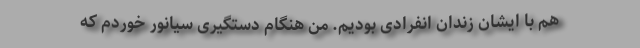
هم با ایشان زندان انفرادی بودیم. من هنگام دستگیری سیانور خوردم كه